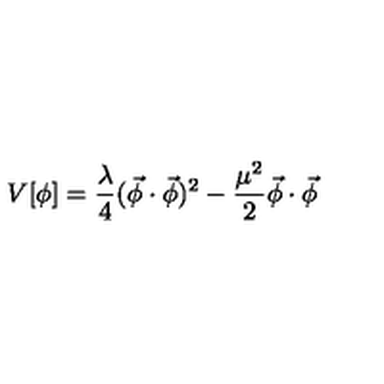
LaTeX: V [ \phi ] = \frac { \lambda } { 4 } ( \vec { \phi } \cdot \vec { \phi } ) ^ { 2 } - \frac { \mu ^ { 2 } } { 2 } \vec { \phi } \cdot \vec { \phi } \,